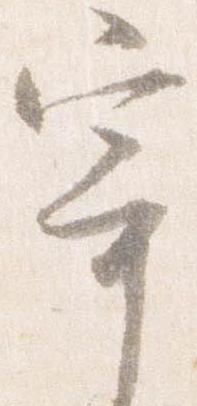
寄